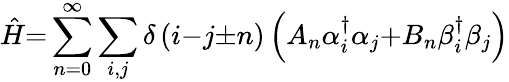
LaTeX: \hat{H}{=}\sum_{n{=0}}^{{\infty}}{\sum_{i,j}{\delta\left(i{-}j{\pm}n\right)\left(A_{n}{\alpha}_{i}^{{\dagger}}{\alpha}_{j}{+}B_{n}{\beta}_{i}^{{\dagger}}{\beta}_{j}\right)}}